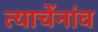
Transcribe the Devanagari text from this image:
त्याचेंनांव